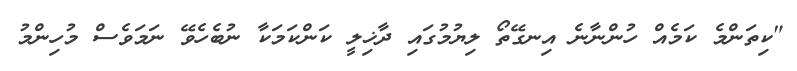
"ކިތަންމެ ކަމެއް ހުންނާނެ އިނގޭތޯ ލިޔުމުގައި ދާޚިލީ ކަންކަމަކާ ނުބެހެވޭ ނަމަވެސް މުހިންމު